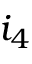
i _ { 4 }